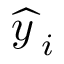
{ \widehat { y \, } } _ { i }